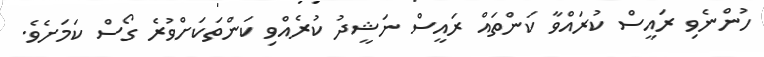
ހުންނެވި ރައީސް ކުރައްވާ ކަންތައް ރައީސް ނަޝީދު ކުރެއްވި ކަންތަކަށްވުރެ ގޯސް ކަމަށެވެ.